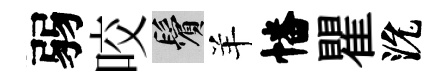
弱咬鬢羊幡瞿沇